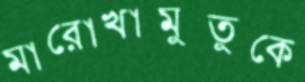
মারোখামুতুকে